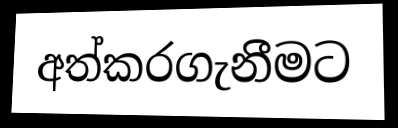
අත්කරගැනීමට